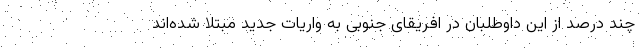
چند درصد از این داوطلبان در افریقای جنوبی به واریات جدید مبتلا شده‌اند